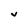
Character: V